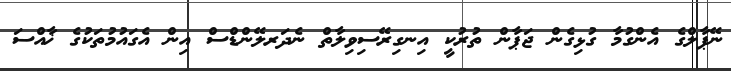
ނޭޕާލްގެ އެންގުމާ ގުޅިގެން ޖަޕާން ތުރުކީ އިނގިރޭސިވިލާތް ނެދަރލޭންޑްސް އިން އެގައުމުތަކުގެ ޚާއްސަ